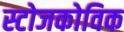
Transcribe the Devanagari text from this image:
स्टोजकोविक